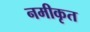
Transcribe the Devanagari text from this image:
नमीकृत